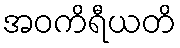
အဝကိရီယတိ